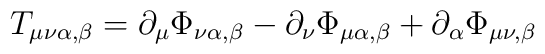
T_{\mu\nu\alpha,\beta} = \partial_\mu \Phi_{\nu\alpha,\beta} - \partial_\nu\Phi_{\mu\alpha,\beta} + \partial_\alpha \Phi_{\mu\nu,\beta}